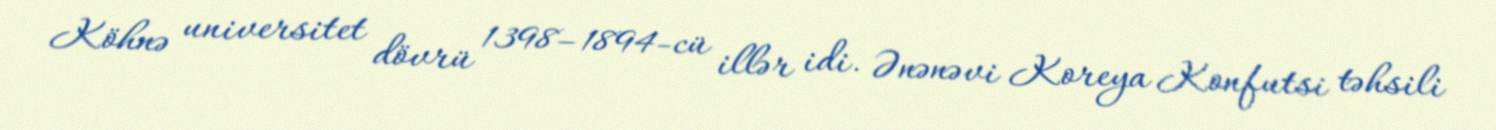
Köhnə universitet dövrü 1398–1894-cü illər idi. Ənənəvi Koreya Konfutsi təhsili